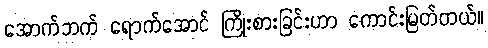
အောက်ဘက် ရောက်အောင် ကြိုးစားခြင်းဟာ ကောင်းမြတ်တယ်။